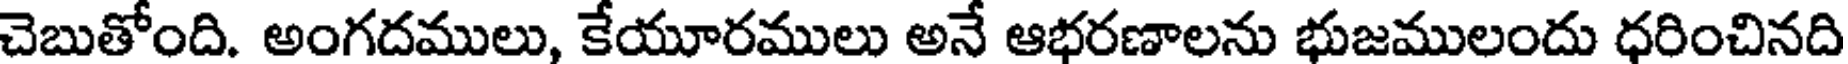
చెబుతోంది. అంగదములు, కేయూరములు అనే ఆభరణాలను భుజములందు ధరించినది